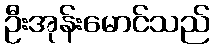
ဦးအုန်းမောင်သည်